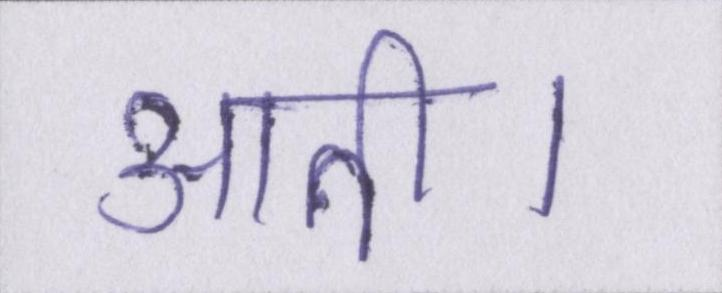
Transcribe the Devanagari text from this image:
आती।